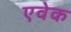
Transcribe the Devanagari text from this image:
एवेक